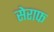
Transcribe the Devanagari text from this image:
सेराफ